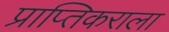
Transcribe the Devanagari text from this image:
प्राप्‍तिकराला